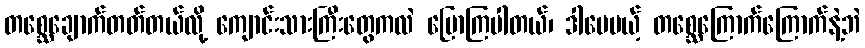
တစ္ဆေချောက်တတ်တယ်လို့ ကျောင်းသားကြီးတွေကလဲ ပြောကြပါတယ်၊ ဒါပေမယ့် တစ္ဆေကြောက်ကြောက်နဲ့ဘဲ